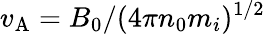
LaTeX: v_{\mathrm{A}}=B_{0}/(4\pi n_{0}m_{i})^{1/2}